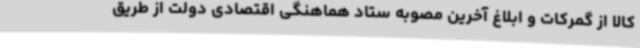
کالا از گمرکات و ابلاغ آخرین مصوبه ستاد هماهنگی اقتصادی دولت از طریق